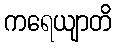
ကရေယျာတိ